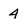
Character: 4